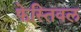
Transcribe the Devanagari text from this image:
फेस्तिवल